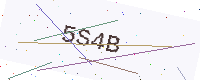
Text: 5S4B